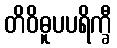
တိဝိဓူပပရိက္ခီ